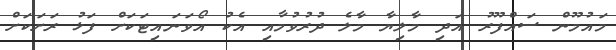
މައުމޫން ސައްފޫރު އަދި މާލިޔާ މާލެ ދުރުވުމާއި އެކު އޯވަނައިޓަކަށް ފަޅު ރަށަކަށް